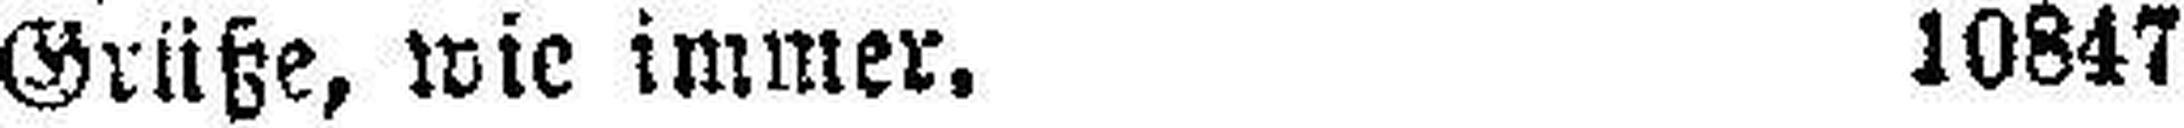
Grüße, wie immer. 10847